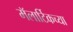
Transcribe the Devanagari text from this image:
मॅलार्टिकच्या